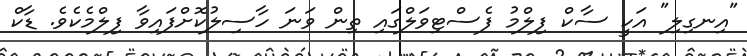
"އިނގިލި" އަކީ ސާކް ފިލްމު ފެސްޓިވަލްގައި ތިން ވަނަ ހާސިލުކޮށްފައިވާ ފިލްމެކެވެ. ޑާކް